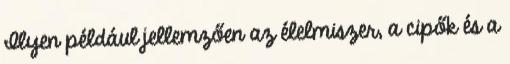
Ilyen például jellemzően az élelmiszer, a cipők és a